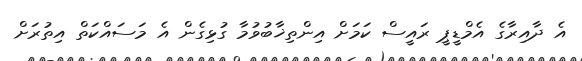
އެ ދާއިރާގެ އެމްޑީޕީ ރައީސް ކަމަށް އިންތިޚާބުވުމާ ގުޅިގެން އެ މަސައްކަތް އިތުރަށް